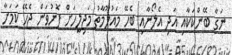
ނަގާ ބޭންކަކާއި އަދި އެލޯނާއި ބެހޭ މައުލޫމާތު މަޖިލީހަށް ފޮނުވަން ޖެހޭ ކަމަށާ